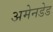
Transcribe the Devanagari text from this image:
अमेनडेड